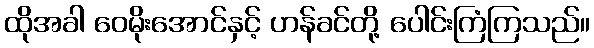
ထိုအခါ ဝေမိုးအောင်နှင့် ဟန်ခင်တို့ ပေါင်းကြံကြသည်။